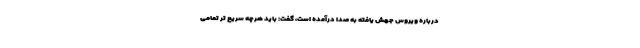
درباره ویروس جهش یافته به صدا درآمده است، گفت: باید هرچه سریع تر تمامی